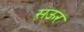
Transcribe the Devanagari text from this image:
स़ऊर